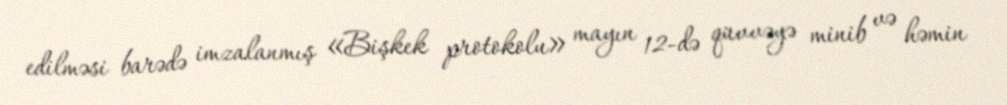
edilməsi barədə imzalanmış «Bişkek protokolu» mayın 12-də qüvvəyə minib və həmin